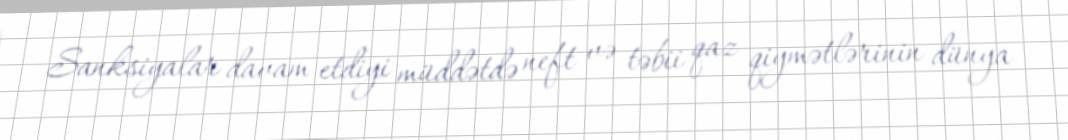
Sanksiyalar davam etdiyi müddətdə neft və təbii qaz qiymətlərinin dünya